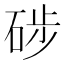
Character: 𥒼